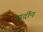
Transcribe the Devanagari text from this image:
मार्दीन